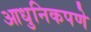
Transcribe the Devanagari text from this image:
आधुनिकपणे